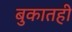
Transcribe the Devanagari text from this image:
बुकातही